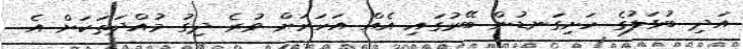
އަދި ބުޅަލުގެ ހަށިގަނޑުން ބޭރުގައި އެއް އަހަރަށް ވުރެ ދިގު މުއްދަތަކަށް އެ